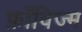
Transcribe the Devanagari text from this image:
फ़ॉविज्म